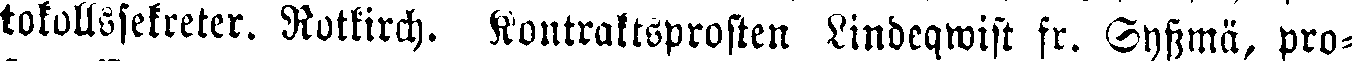
tokollssekreter. Rotkirch. Kontraktsprosten Lindeqwist fr. Syssmä, pro-